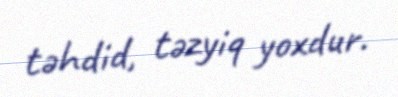
təhdid, təzyiq yoxdur.